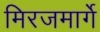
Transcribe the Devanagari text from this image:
मिरजमार्गे